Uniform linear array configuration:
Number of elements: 48
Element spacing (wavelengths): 1
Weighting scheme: uniform
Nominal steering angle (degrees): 0
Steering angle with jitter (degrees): -0.2449
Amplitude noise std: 0.05
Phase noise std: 0.05

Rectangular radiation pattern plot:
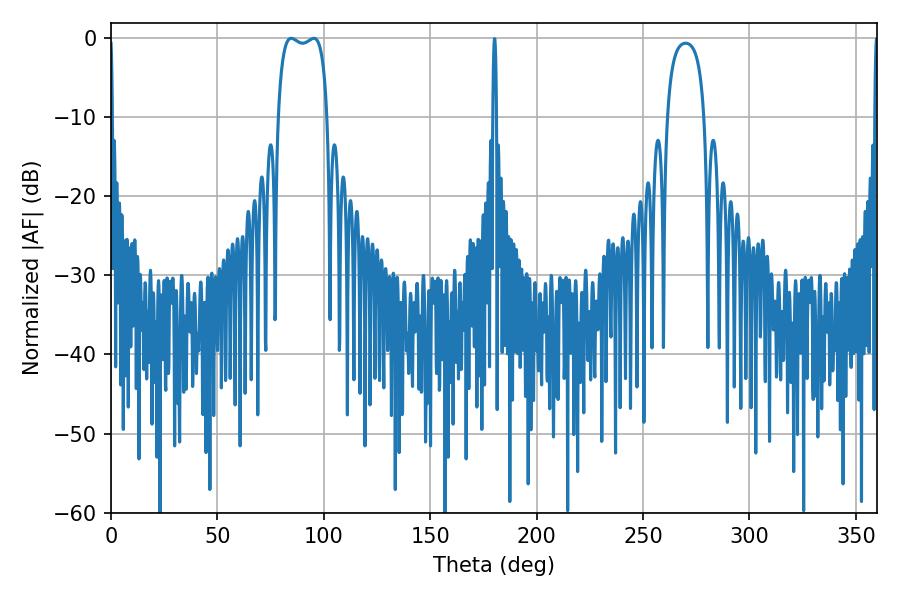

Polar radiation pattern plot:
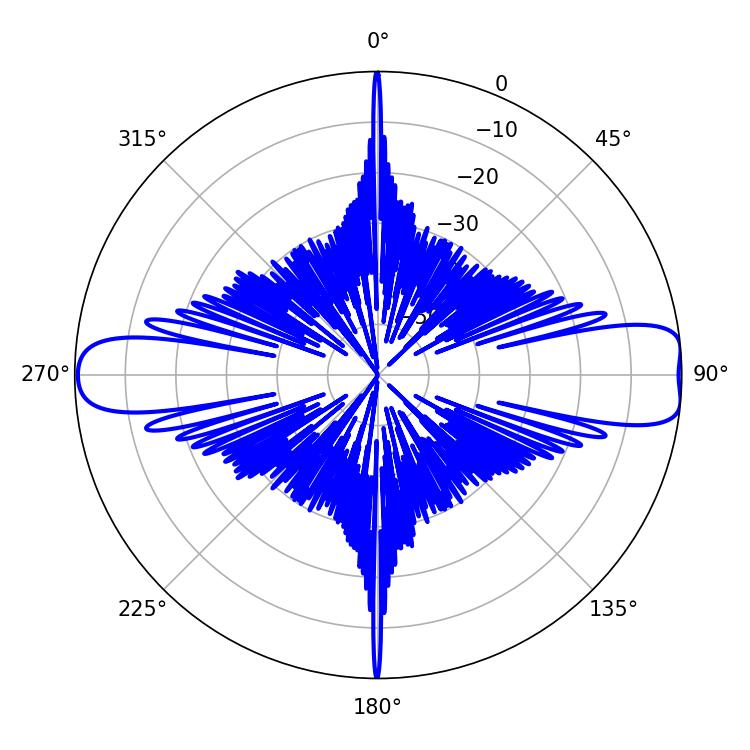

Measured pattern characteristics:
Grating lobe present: TRUE
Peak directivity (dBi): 11.837
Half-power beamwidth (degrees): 18.72
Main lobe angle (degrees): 84.6